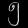
Digit: ၅